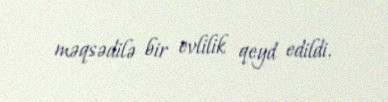
məqsədilə bir evlilik qeyd edildi.